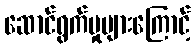
ဆောင်ရွက်မှုများကြောင့်